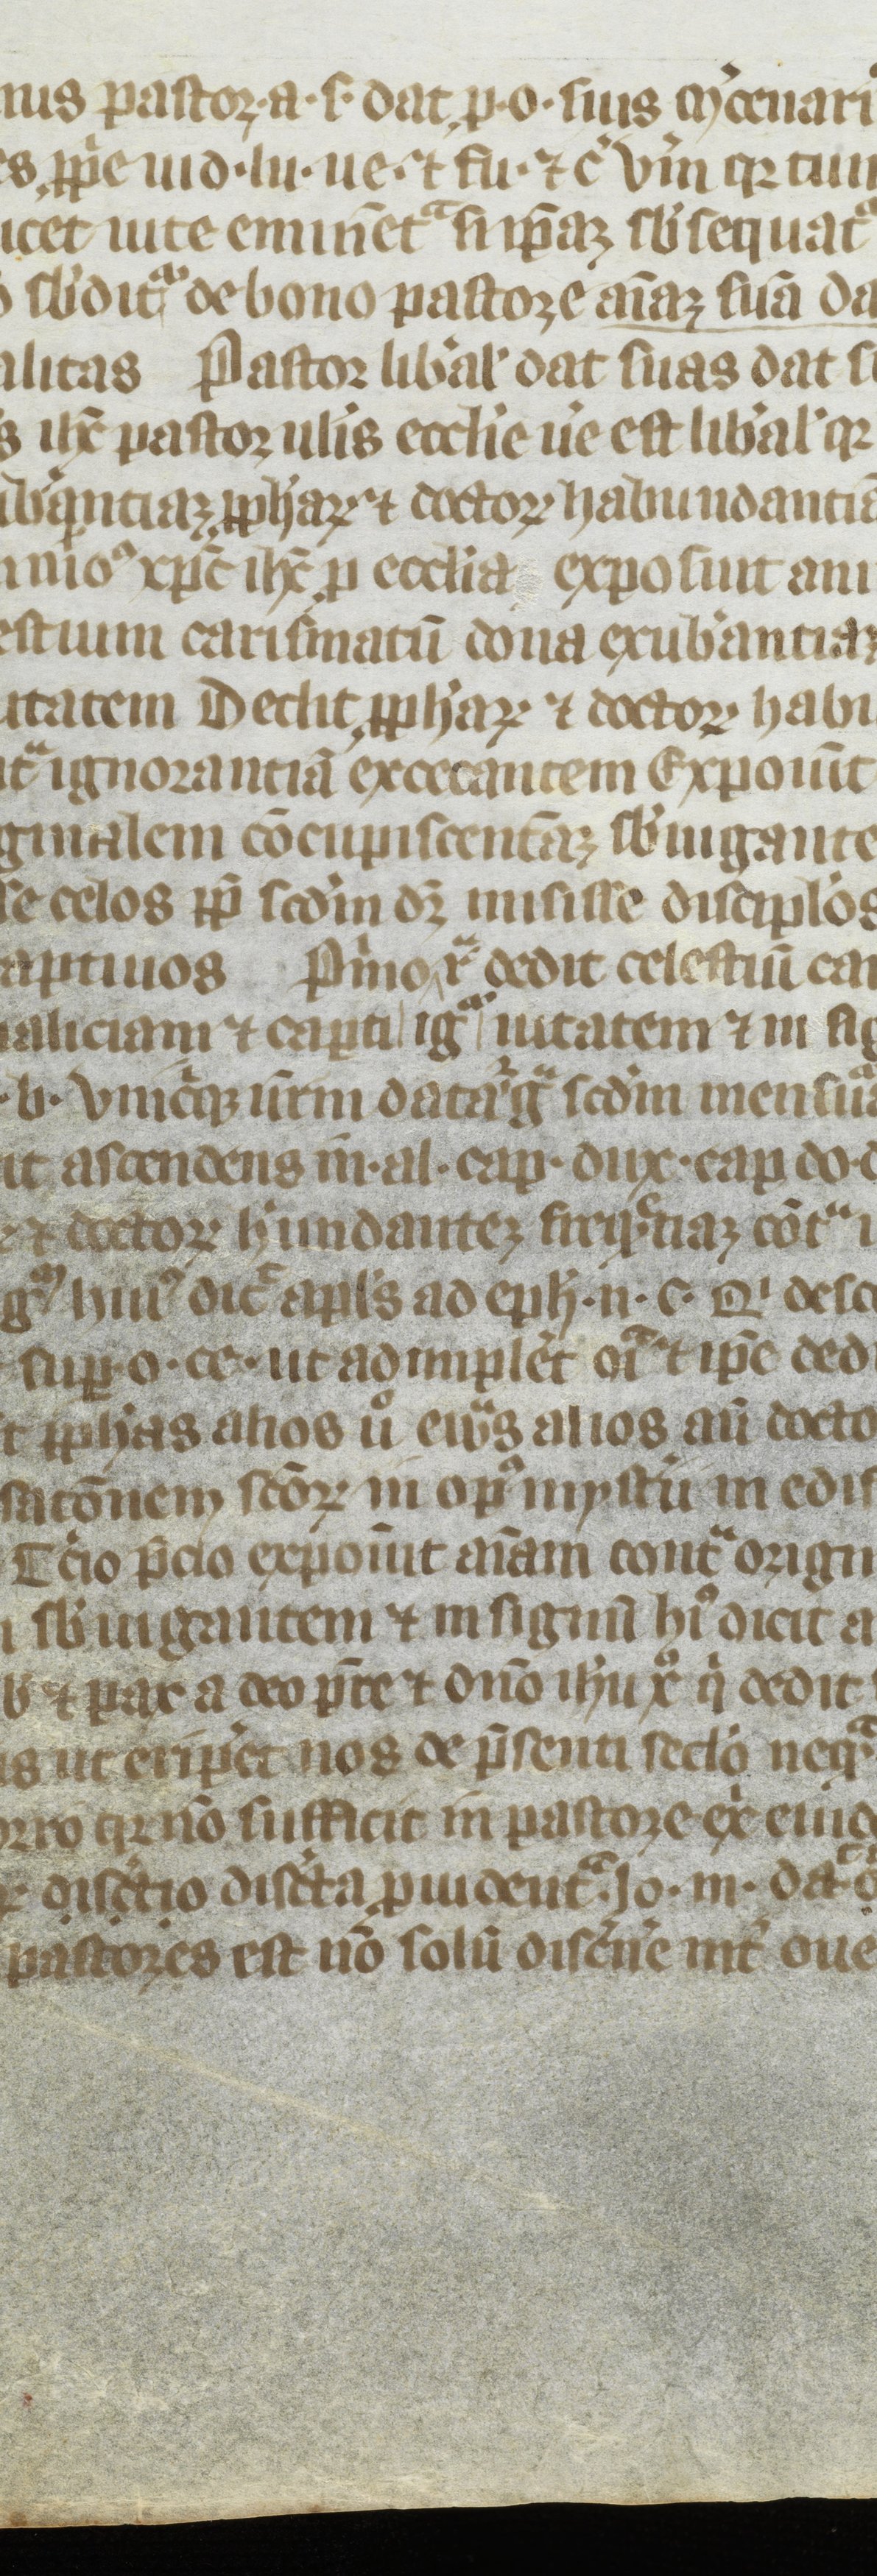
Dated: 1300–1399